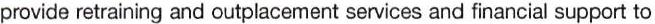
provide retraining and outplacement services and financial support to